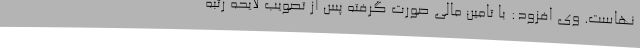
نهاست. وی افزود: با تامین مالی صورت گرفته پس از تصویب لایحه رتبه‌